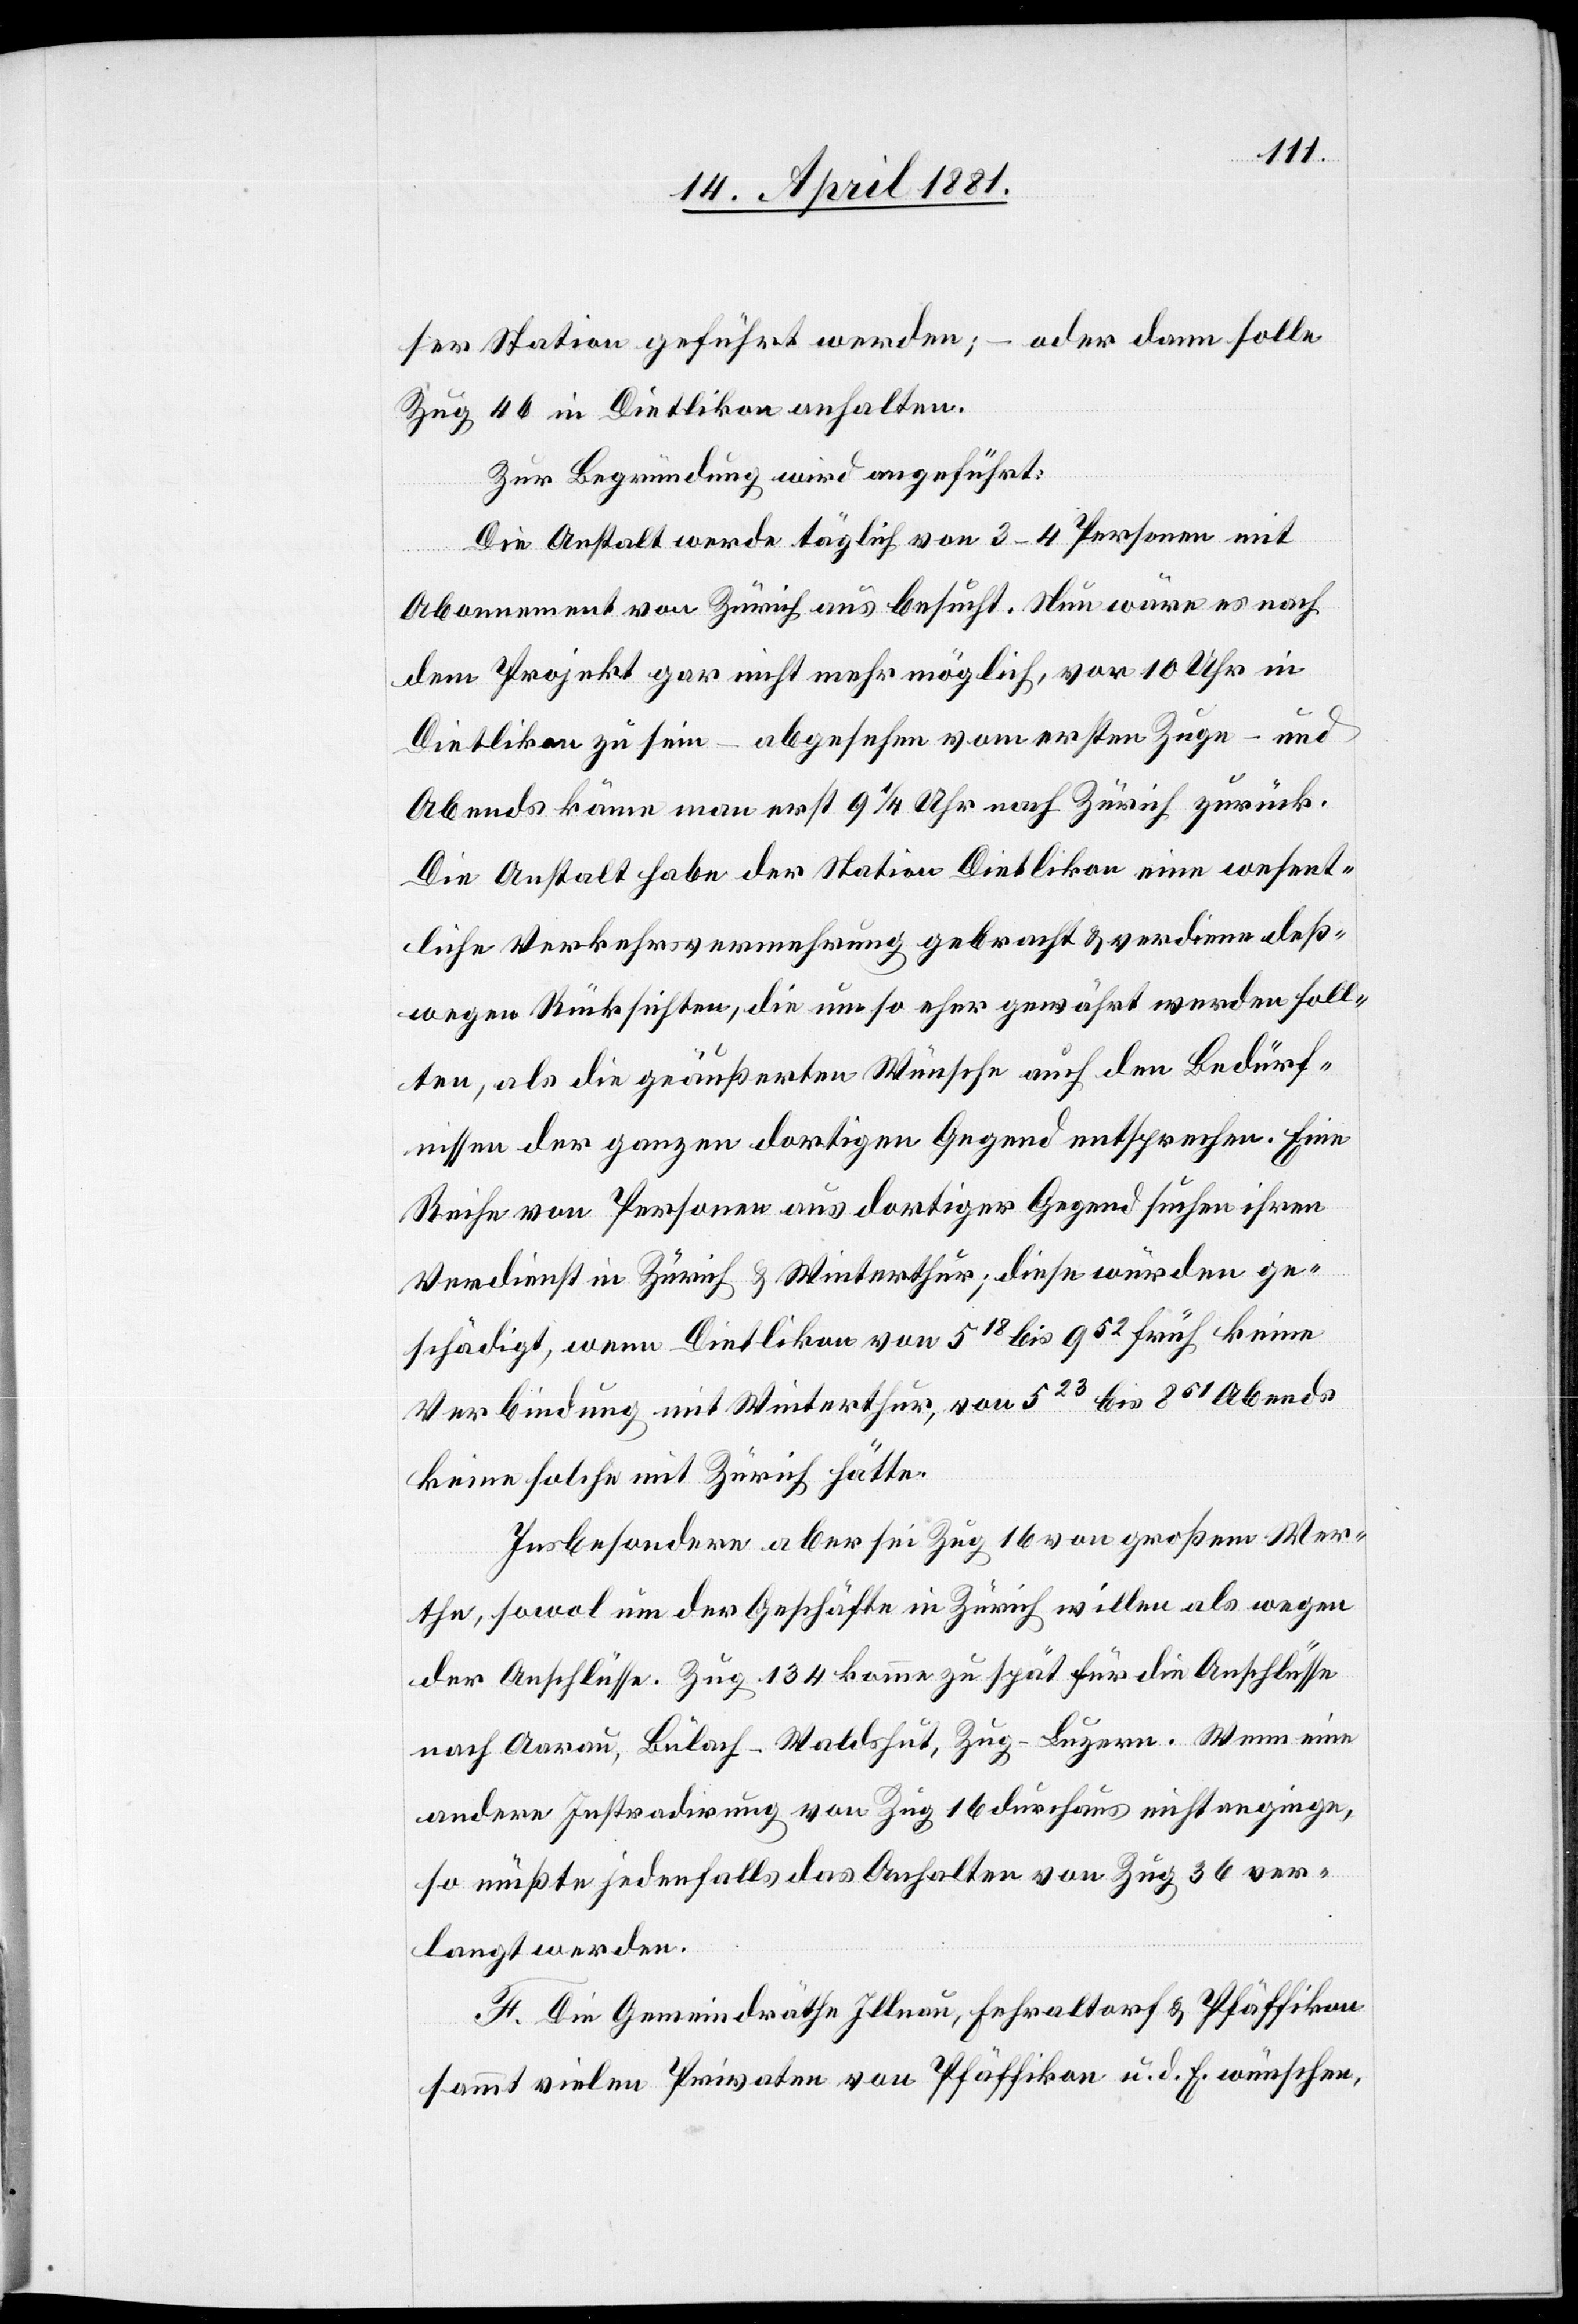
ser Station geführt werden; – oder dann solle
Zug 46 in Dietlikon anhalten.
Zur Begründung wird angeführt:
Die Anstalt werde täglich von 3–4 Personen mit
Abonnement von Zürich aus besucht. Nun wäre es nach
dem Projekt gar nicht mehr möglich, vor 10 Uhr in
Dietlikon zu sein – abgesehen vom ersten Zuge – und
Abends könne man erst 9 1/4 Uhr nach Zürich zurück.
Die Anstalt habe der Station Dietlikon eine wesent¬
liche Verkehrsvermehrung gebracht & verdiene deß¬
wegen Rücksichten, die um so eher gewährt werden soll¬
ten, als die geäußerten Wünsche auch den Bedürf¬
nissen der ganzen dortigen Gegend entsprechen. Eine
Reihe von Personen aus dortiger Gegend suchen ihren
Verdienst in Zürich & Winterthur; diese würden ge¬
schädigt, wenn Dietlikon von 518 bis 952 früh keine
Verbindung mit Winterthur, von 523 bis 861 Abends
keine solche mit Zürich hätte.
Insbesondere aber sei Zug 16 von großem Wer¬
the, sowol um der Geschäfte in Zürich willen als wegen
der Anschlüsse. Zug 134 komme zu spät für die Anschlüsse
nach Aarau, Bülach–Waldshut, Zug–Luzern. Wenn eine
andere Instradirung von Zug 16 durchaus nicht enginge
so müßte jedenfalls das Anhalten von Zug 36 ver¬
langt werden.
F. Die Gemeindräthe Illnau, Fehraltorf & Pfäffikon
sammt vielen Privaten von Pfäffikon u. d. E. wünschen,